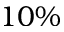
1 0 \%